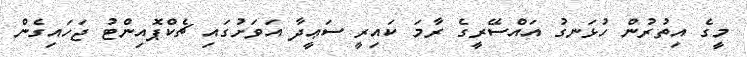
މީގެ އިތުރުން ހުޅަނގު އައްސޭރީގެ ރާމަ ކައިރީ ސަޢީދާ އަވަށުގައި ޗެކްޕޮއިންޓު ޖަހައިގެން